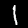
Label: 1